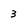
Character: 3